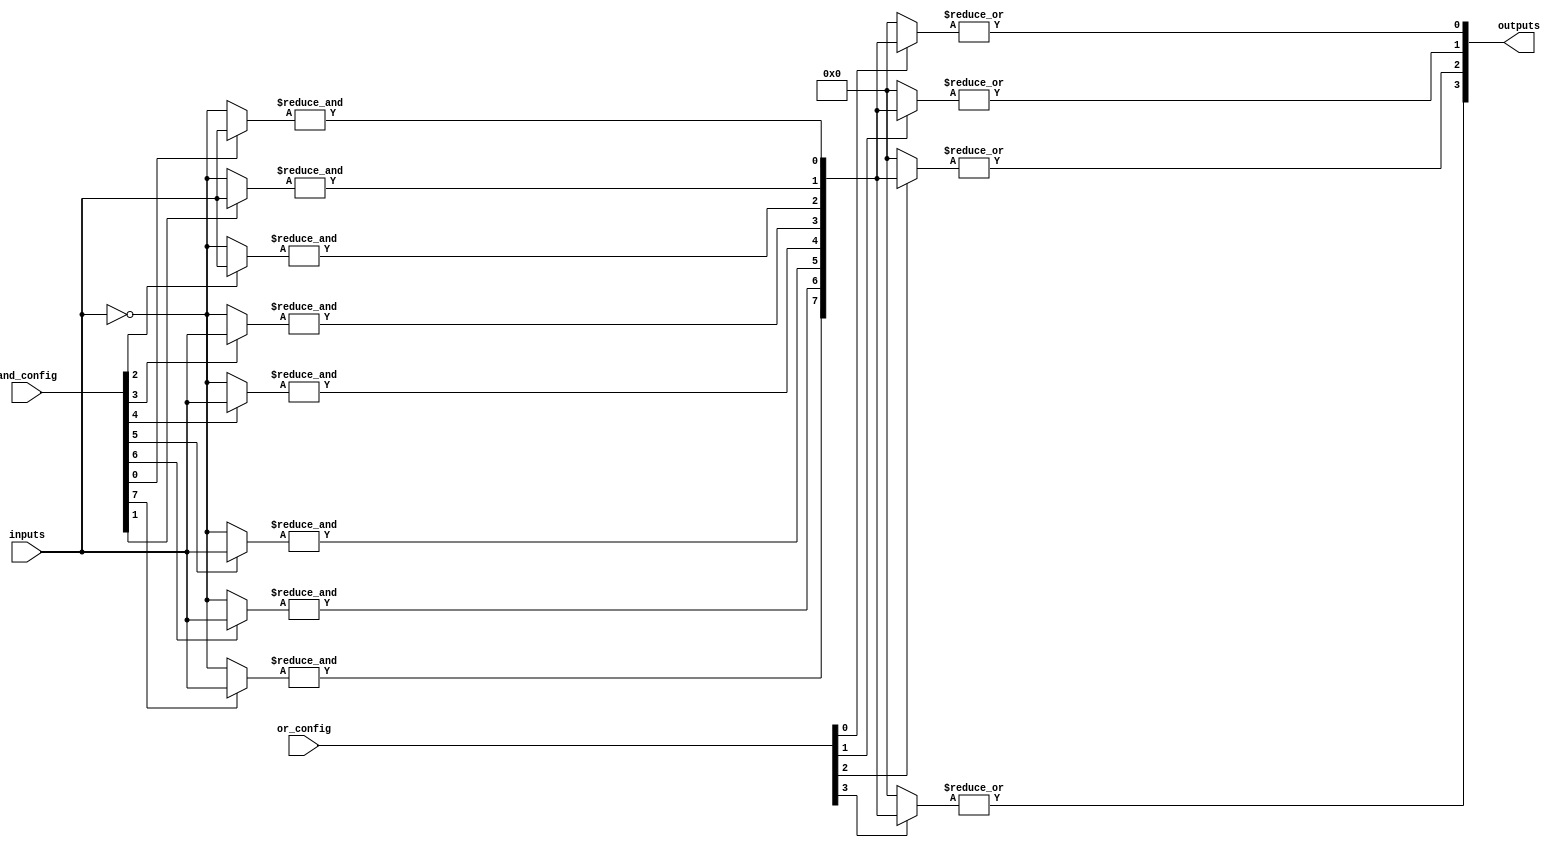
module PLA (
    input wire [N-1:0] inputs,        // N input signals
    input wire [M-1:0] and_config,     // Configuration for AND gates
    input wire [P-1:0] or_config,      // Configuration for OR gates
    output wire [Q-1:0] outputs        // Q output signals
);
    parameter N = 4; // Number of inputs
    parameter M = 8; // Number of product terms (AND gates)
    parameter P = 4; // Number of output functions (OR gates)
    parameter Q = 4; // Number of outputs

    wire [M-1:0] and_outputs; // Outputs from AND gates
    wire [P-1:0] or_outputs;   // Outputs from OR gates

    // AND Plane
    genvar i, j;
    generate
        for (i = 0; i < M; i = i + 1) begin : and_plane
            wire [N-1:0] and_input;
            assign and_input = (and_config[i] == 1'b1) ? inputs : ~inputs; // Example configuration
            assign and_outputs[i] = &and_input; // AND operation
        end
    endgenerate

    // OR Plane
    generate
        for (j = 0; j < P; j = j + 1) begin : or_plane
            wire [M-1:0] or_input;
            assign or_input = (or_config[j] == 1'b1) ? and_outputs : 1'b0; // Example configuration
            assign or_outputs[j] = |or_input; // OR operation
        end
    endgenerate

    // Assign outputs
    assign outputs = or_outputs;

endmodule